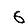
Digit: 6